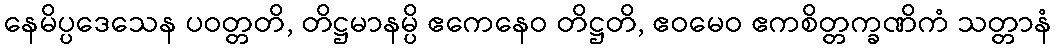
နေမိပ္ပဒေသေန ပဝတ္တတိ, တိဋ္ဌမာနမ္ပိ ဧကေနေဝ တိဋ္ဌတိ, ဧဝမေဝ ဧကစိတ္တက္ခဏိကံ သတ္တာနံ